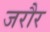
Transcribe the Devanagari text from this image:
जरौर